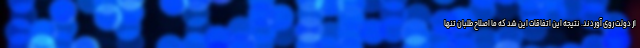
از دولت روی آوردند. نتیجه‌ این اتفاقات این شد که ما اصلاح‌طلبان تنها